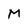
Character: M